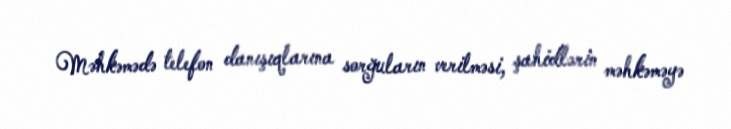
Məhkəmədə telefon danışıqlarına sorğuların verilməsi, şahidlərin məhkəməyə